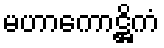
မဟာကောဋ္ဌိကံ